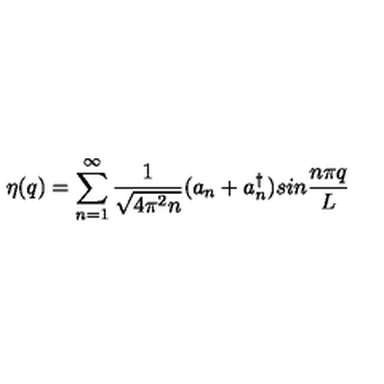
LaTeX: \eta ( q ) = \sum _ { n = 1 } ^ { \infty } { \frac { 1 } { \sqrt { 4 \pi ^ { 2 } n } } } ( a _ { n } + a _ { n } ^ { \dagger } ) s i n { \frac { n \pi q } { L } }